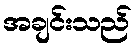
အချင်းသည်